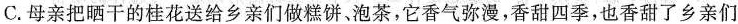
C.母亲把晒干的桂花送给乡亲们做糕饼。泡茶，它香气弥漫，香甜四季，也香甜了乡亲们